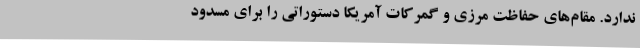
ندارد. مقام‌های حفاظت مرزی و گمرکات آمریکا دستوراتی را برای مسدود